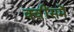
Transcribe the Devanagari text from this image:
क्वींसमें